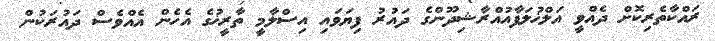
ރައްކާތެރިކޮށް ދެއްވީ އަލްޚުލަފާއުއްރާޝިދޫންގެ ދައުރު ފިޔަވައި އިސްލާމީ ތާރީޚުގެ އެހެން އެއްވެސް ދައުރަކުން